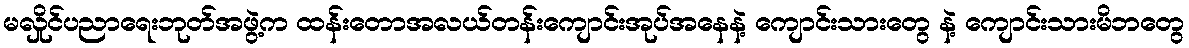
မလှိုင်ပညာရေးဘုတ်အဖွဲ့က ထန်းတောအလယ်တန်းကျောင်းအုပ်အနေနဲ့ ကျောင်းသားတွေ နဲ့ ကျောင်းသားမိဘတွေ